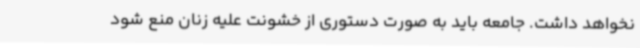
نخواهد داشت. جامعه باید به صورت دستوری از خشونت علیه زنان منع شود